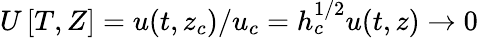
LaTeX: U\left[T,Z\right]=u(t,z_{c})/u_{c}=h_{c}^{1/2}u(t,z)\to 0